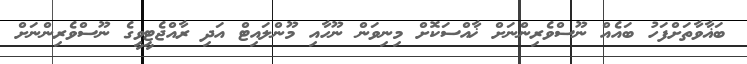
ބަޣާވާތަށްފަހު ބައެއް ނޫސްވެރިންނަށް ޚާއްސަކޮށް މިނިވަން ނޫހާއި މޫންލައިޓް އަދި ރާއްޖެޓީވީގެ ނޫސްވެރިންނަށް